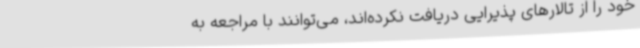
خود را از تالارهای پذیرایی دریافت نکرده‌اند، می‌توانند با مراجعه به